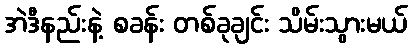
အဲဒီနည်းနဲ့ စခန်း တစ်ခုချင်း သိမ်းသွားမယ်